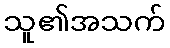
သူ၏အသက်